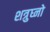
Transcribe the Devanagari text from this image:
शत्रुघ्नो